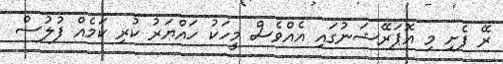
ރޭ ފެށި މި އޮޕަރޭޝަނުގައި އެއްވެސް މީހަކު ހައްޔަރު ކުރި ކަމެއް ފުލުސް